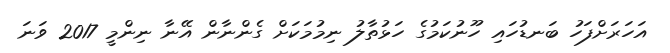
އަހަރަށްފަހު ބަނޑުހައި ހޫނުކަމުގެ ހަޅުތާލު ނިމުމަކަށް ގެންނާން އޭނާ ނިންމީ 2017 ވަނަ